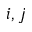
i , j